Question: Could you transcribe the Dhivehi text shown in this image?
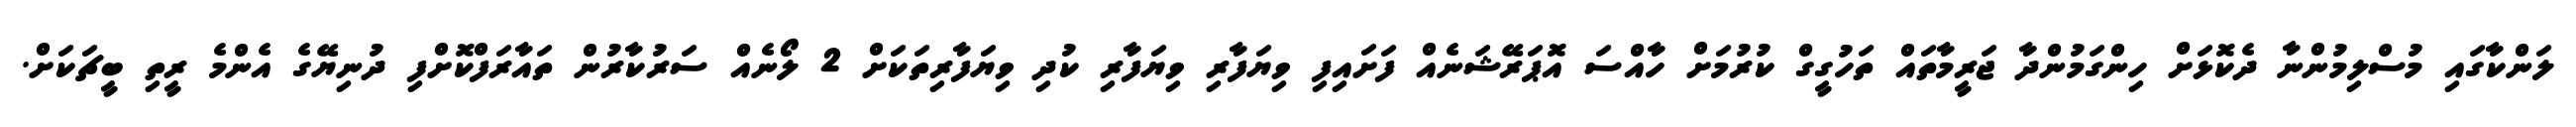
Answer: ލަންކާގައި މުސްލިމުންނާ ދެކޮޅަށް ހިންގަމުންދާ ޖަރީމާތައް ތަހުގީގް ކުރުމަށް ހާއްސަ އޮޕަރޭޝަނެއް ފަށައިފި ވިޔަފާރި ވިޔަފާރި ކުދި ވިޔަފާރިތަކަށް 2 ލޯނެއް ސަރުކާރުން ތައާރަފްކޮށްފި ދުނިޔޭގެ އެންމެ ރީތި ބީޗަކަށް.